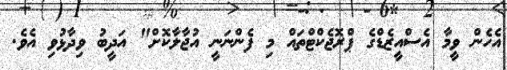
އެހެން ވީމާ އެސްއީޒެޑްގެ ޕްރޮޖެކްޓްތައް މި ފެންނަނީ އުޖާލާކޮށް" އަދީބު ވިދާޅުވި އެވެ.